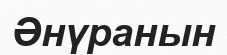
Әнүранын